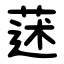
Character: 蒁